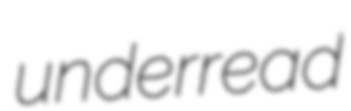
underread